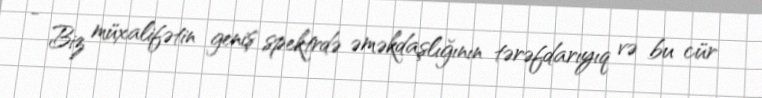
- Biz müxalifətin geniş spektrdə əməkdaşlığının tərəfdarıyıq və bu cür